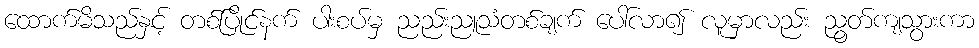
ထောက်မိသည်နှင့် တစ်ပြိုင်နက် ပါးစပ်မှ ညည်းညူသံတစ်ချက် ပေါ်လာ၍ လူမှာလည်း ညွတ်ကျသွားကာ